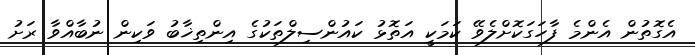
އެގޮތުން އެންމެ ފާހަގަކޮށްލެވޭ ކަމަކީ އަތޮޅު ކައުންސިލްތަކުގެ އިންތިޚާބު ވަކިން ނުބާއްވާ ރަށު